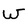
Character: W